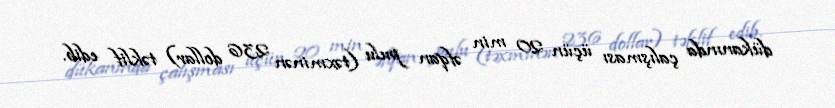
dükanında çalışması üçün 20 min əfqan pulu (təxminən 236 dollar) təklif edib.